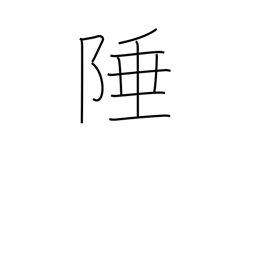
Meaning: boundary